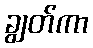
ချွတ်ကာ